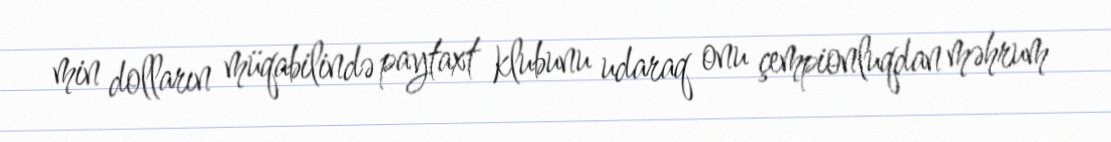
min dolların müqabilində paytaxt klubunu udaraq onu çempionluqdan məhrum